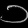
Digit: ၁